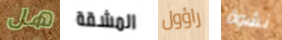
هل المشقة راؤول نشوة